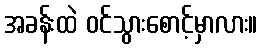
အခန်းထဲ ဝင်သွားစောင့်မှာလား။